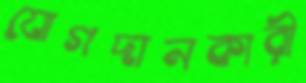
যোগদানকারী